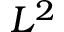
L ^ { 2 }